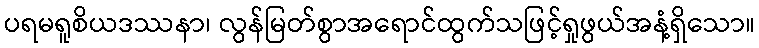
ပရမရူစိယဒဿနာ၊ လွန်မြတ်စွာအရောင်ထွက်သဖြင့်ရှုဖွယ်အနံ့ရှိသော။